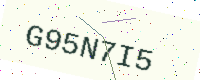
Text: G95N7I5